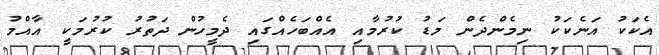
އެކަކު އަނެކަކު ނިމެންދެން މަޑު ކުރުމާއި އެއްބަހެއްގައި ދެމީހުން ދަތުރު ކުރުމަކީ އާއްމު